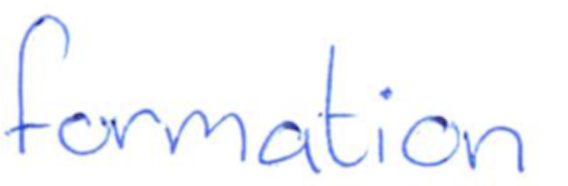
Text: formation
Cross-out: clean
Writing tool: ballpoint